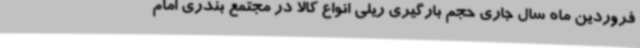
فروردین ماه سال جاری حجم بارگیری ریلی انواع کالا در مجتمع بندری امام